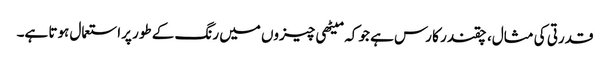
قدرتی کی مثال، چقندر کا رس ہے جو کہ میٹھی چیزوں میں رنگ کے طور پراستعمال ہوتا ہے۔